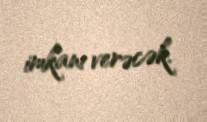
imkanı verəcək.